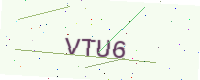
Text: VTU6